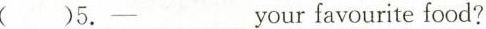
( )5. ─___ your favourite food?